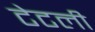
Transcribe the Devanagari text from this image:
टेटली